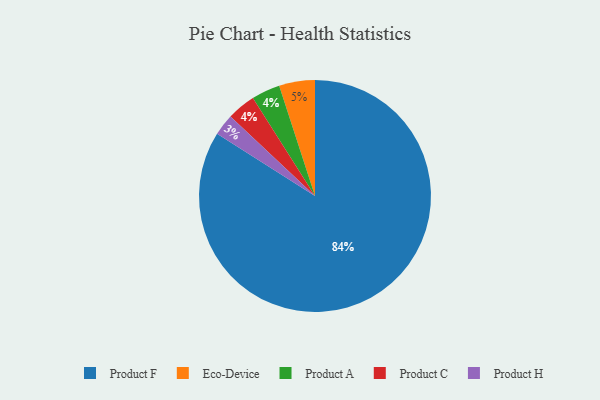
{"axis": {"x": "Category", "y": "Percentage"}, "legend": ["Eco-Device", "Product A", "Product C", "Product F", "Product H"], "data": [{"x": "Eco-Device", "y": 5, "type": "Eco-Device"}, {"x": "Product A", "y": 4, "type": "Product A"}, {"x": "Product C", "y": 4, "type": "Product C"}, {"x": "Product H", "y": 3, "type": "Product H"}, {"x": "Product F", "y": 84, "type": "Product F"}]}